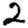
Digit: 2